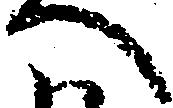
へ